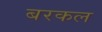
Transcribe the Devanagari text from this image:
बरकल